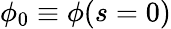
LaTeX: \phi_{0}\equiv\phi(s=0)